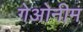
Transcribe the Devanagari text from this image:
गेओनीम